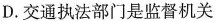
D.交通执法部门是监督机关